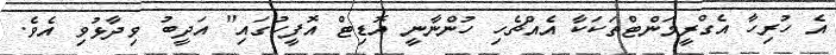
އެ ހުރިހާ އެގްރީމަންޓްތަކަކާ އެއްޗެހި ހުންނާނީ އޮޑިޓް އޮފީހުގައި" އަދީބު ވިދާޅުވި އެވެ.